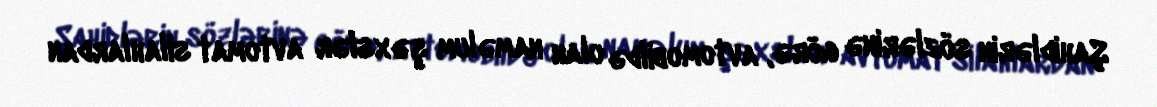
Şahidlərin sözlərinə görə, avtomobildə olan naməlum şəxslər avtomat silahlardan